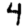
Digit: 4